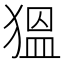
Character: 𱮋